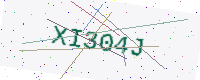
Text: XI304J